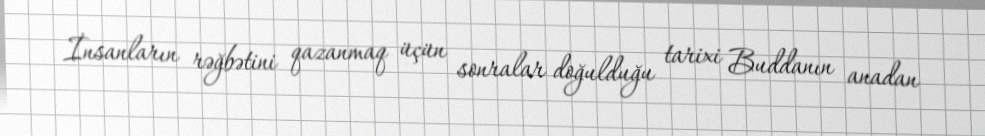
İnsanların rəğbətini qazanmaq üçün sonralar doğulduğu tarixi Buddanın anadan